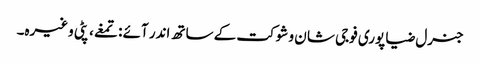
جنرل ضیا پوری فوجی شا ن و شوکت کے ساتھ اندر آئے : تمغے، پٹی وغیرہ۔